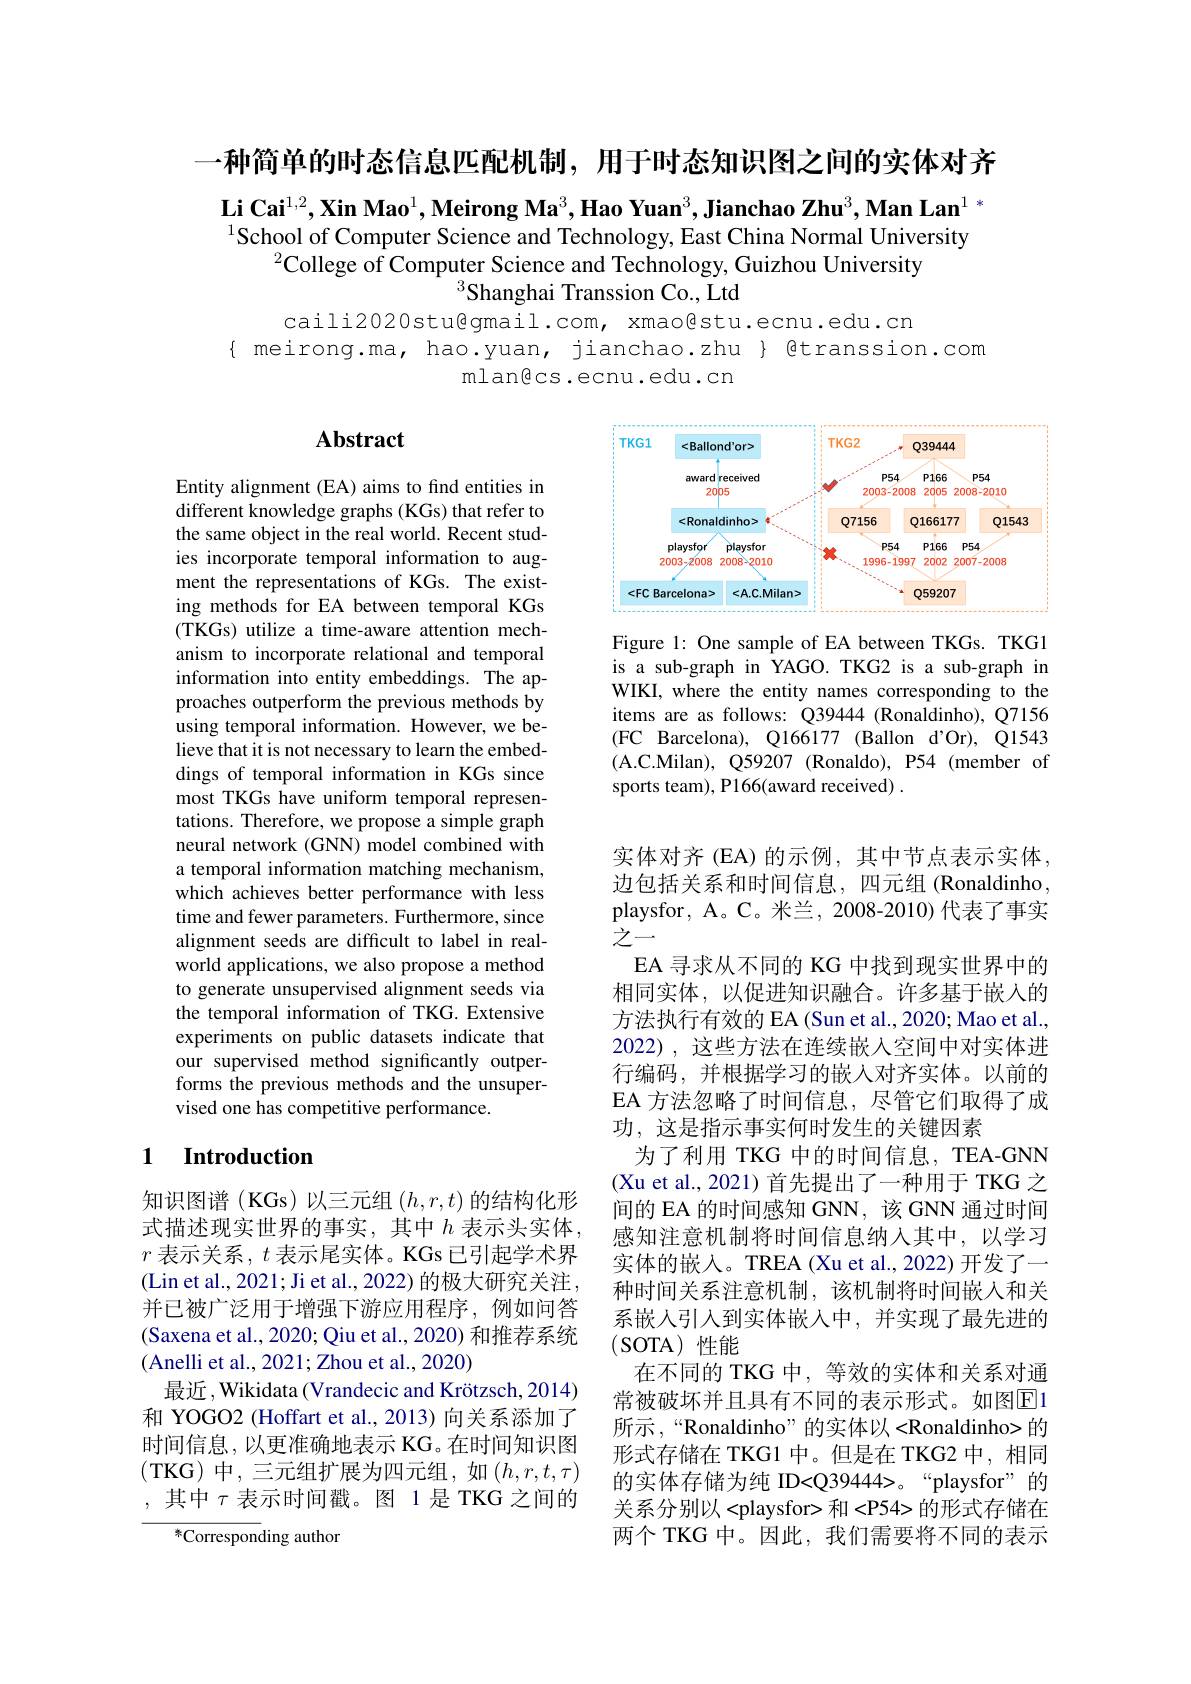
一种简单的时态信息匹配机制，用于时态知识图之间的实体对齐

$\textbf{Li Cai}^{1,2},\textbf{Xin Mao}^1,\textbf{Meirong Ma}^3,\textbf{Hao Yuan}^3,\textbf{Jianchao Zhu}^3,\textbf{Man Lan}^1*$ $^{1}$School of Computer Science and Technology, East China Normal University
$^{2}\hat{\text{College of Computer Science and Technology, Guizhou University}}$
Shanghai Transsion Co., Ltd

caili2020stu@gmail.com, xmao@stu.ecnu.edu.cn
{ meirong.ma, hao.yuan, jianchao.zhu } @transsion.com
mlan@cs.ecnu.edu.cn

### $\mathbf{Abstract}$

<FigureHere>

Figure 1: One sample of EA between TKGs. TKG1 is a sub-graph in YAGO. TKG2 is a sub-graph in WIKI, where the entity names corresponding to the items are as follows: Q39444 (Ronaldinho), Q7156 (FC Barcelona), Q166177 (Ballon d'Or), Q1543 (A.C.Milan),Q59207(Ronaldo),P54(member of sports team), P166(award received) .

Entity alignment (EA) aims to find entities in different knowledge graphs (KGs) that refer to the same object in the real world. Recent studies incorporate temporal information to augment the representations of KGs. The existing methods for EA between temporal KGs (TKGs) utilize a time-aware attention mechanism to incorporate relational and temporal information into entity embeddings. The approaches outperform the previous methods by using temporal information. However, we believe that it is not necessary to learn the embeddings of temporal information in KGs since most TKGs have uniform temporal representations. Therefore, we propose a simple graph neural network (GNN) model combined with a temporal information matching mechanism, which achieves better performance with less time and fewer parameters. Furthermore, since alignment seeds are difficult to label in realworld applications, we also propose a method to generate unsupervised alignment seeds via the temporal information of TKG. Extensive experiments on public datasets indicate that our supervised method significantly outperforms the previous methods and the unsupervised one has competitive performance.

### 1 Introduction

实体对齐 (EA) 的示例，其中节点表示实体， 边包括关系和时间信息，四元组(Ronaldinho, playsfor, A。C。米兰，2008-2010) 代表了事实之一
EA 寻求从不同的 KG 中找到现实世界中的相同实体，以促进知识融合。许多基于嵌入的方法执行有效的 EA (Sun et al., 2020; Mao et al., 2022),这些方法在连续嵌入空间中对实体进行编码，并根据学习的嵌入对齐实体。以前的EA 方法忽略了时间信息，尽管它们取得了成功，这是指示事实何时发生的关键因素
为了利用 TKG 中的时间信息，TEA-GNN (Xu et al., 2021) 首先提出了一种用于 TKG 之间的 EA 的时间感知 GNN, 该 GNN 通过时间感知注意机制将时间信息纳入其中，以学习实体的嵌入。TREA (Xu et al., 2022) 开发了一种时间关系注意机制，该机制将时间嵌人和关系嵌人引入到实体嵌人中，并实现了最先进的(SOTA)性能
在不同的 TKG 中，等效的实体和关系对通常被破坏并且具有不同的表示形式。如图E1所示，“Ronaldinho”的实体以<Ronaldinho>的形式存储在 TKG1 中。但是在 TKG2 中，相同的实体存储为纯 ID<Q39444>。“playsfor”的关系分别以<playsfor> 和<P54> 的形式存储在两个 TKG 中。因此，我们需要将不同的表示

知识图谱(KGs)以三元组$\left(h,r,t\right)$的结构化形式描述现实世界的事实，其中$h$ 表示头实体， $r$表示关系，$t$表示尾实体。KGs 已引起学术界(Lin et al., 2021; Ji et al., 2022) 的极大研究关注并已被广泛用于增强下游应用程序，例如问答(Saxena et al., 2020; Qiu et al., 2020) 和推荐系统(Anelli et al., 2021; Zhou et al., 2020)
最近，Wikidata (Vrandecic and Krötzsch, 2014) 和 YOGO2 (Hoffart et al., 2013) 向关系添加了时间信息，以更准确地表示 KG。在时间知识图(TKG)中，三元组扩展为四元组，如$(h,r,t,\tau)$ ,其中$\tau$表示时间戳。图 1是 TKG 之间的

${^{*}\text{Correspon}}$ding author